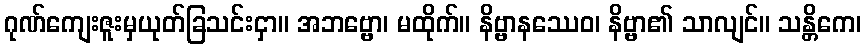
ဂုဏ်ကျေးဇူးမှယုတ်ခြသင်းငှာ။ အဘဗ္ဗော၊ မထိုက်။ နိဗ္ဗာနဿေဝ၊ နိဗ္ဗာ၏ သာလျင်။ သန္တိကေ၊